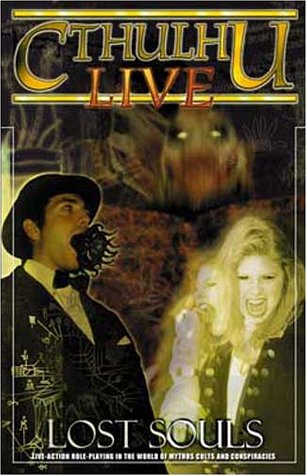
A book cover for Cthulhu Live : Lost Souls; Philip Salmon; Science Fiction & Fantasy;